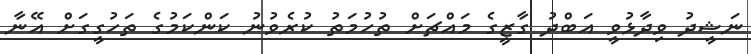
ނަޝީދު ވިދާޅުވީ އަބްދު ގާޒީގެ މައްޗަށް ތުހުމަތު ކުރެވުނު ކަންކަމުގެ ތަހުގީގަށް އޭނާ